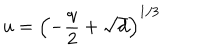
u = \left( - \frac { q } { 2 } + \sqrt { d } \right) ^ { 1 / 3 }